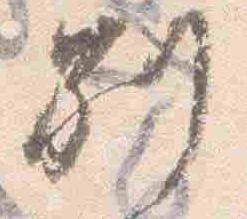
別